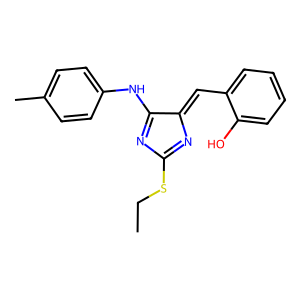
SMILES: CCSC1=NC(=Cc2ccccc2O)C(Nc2ccc(C)cc2)=N1
Inhibits HIV replication: No